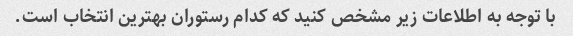
با توجه به اطلاعات زیر مشخص کنید که کدام رستوران بهترین انتخاب است.